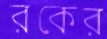
রকের